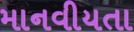
માનવીયતા